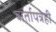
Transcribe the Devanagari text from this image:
वार्तापत्रेही